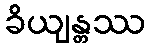
ခိယျန္တဿ